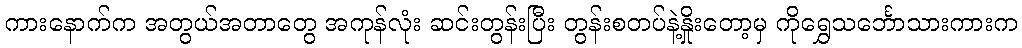
ကားနောက်က အတွယ်အတာတွေ အကုန်လုံး ဆင်းတွန်းပြီး တွန်းစတပ်နဲ့နှိုးတော့မှ ကိုရွှေသင်္ဘောသားကားက